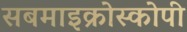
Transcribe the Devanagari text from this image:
सबमाइक्रोस्कोपी